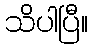
သိပါပြီ။